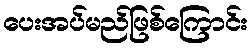
ပေးအပ်မည်ဖြစ်ကြောင်း